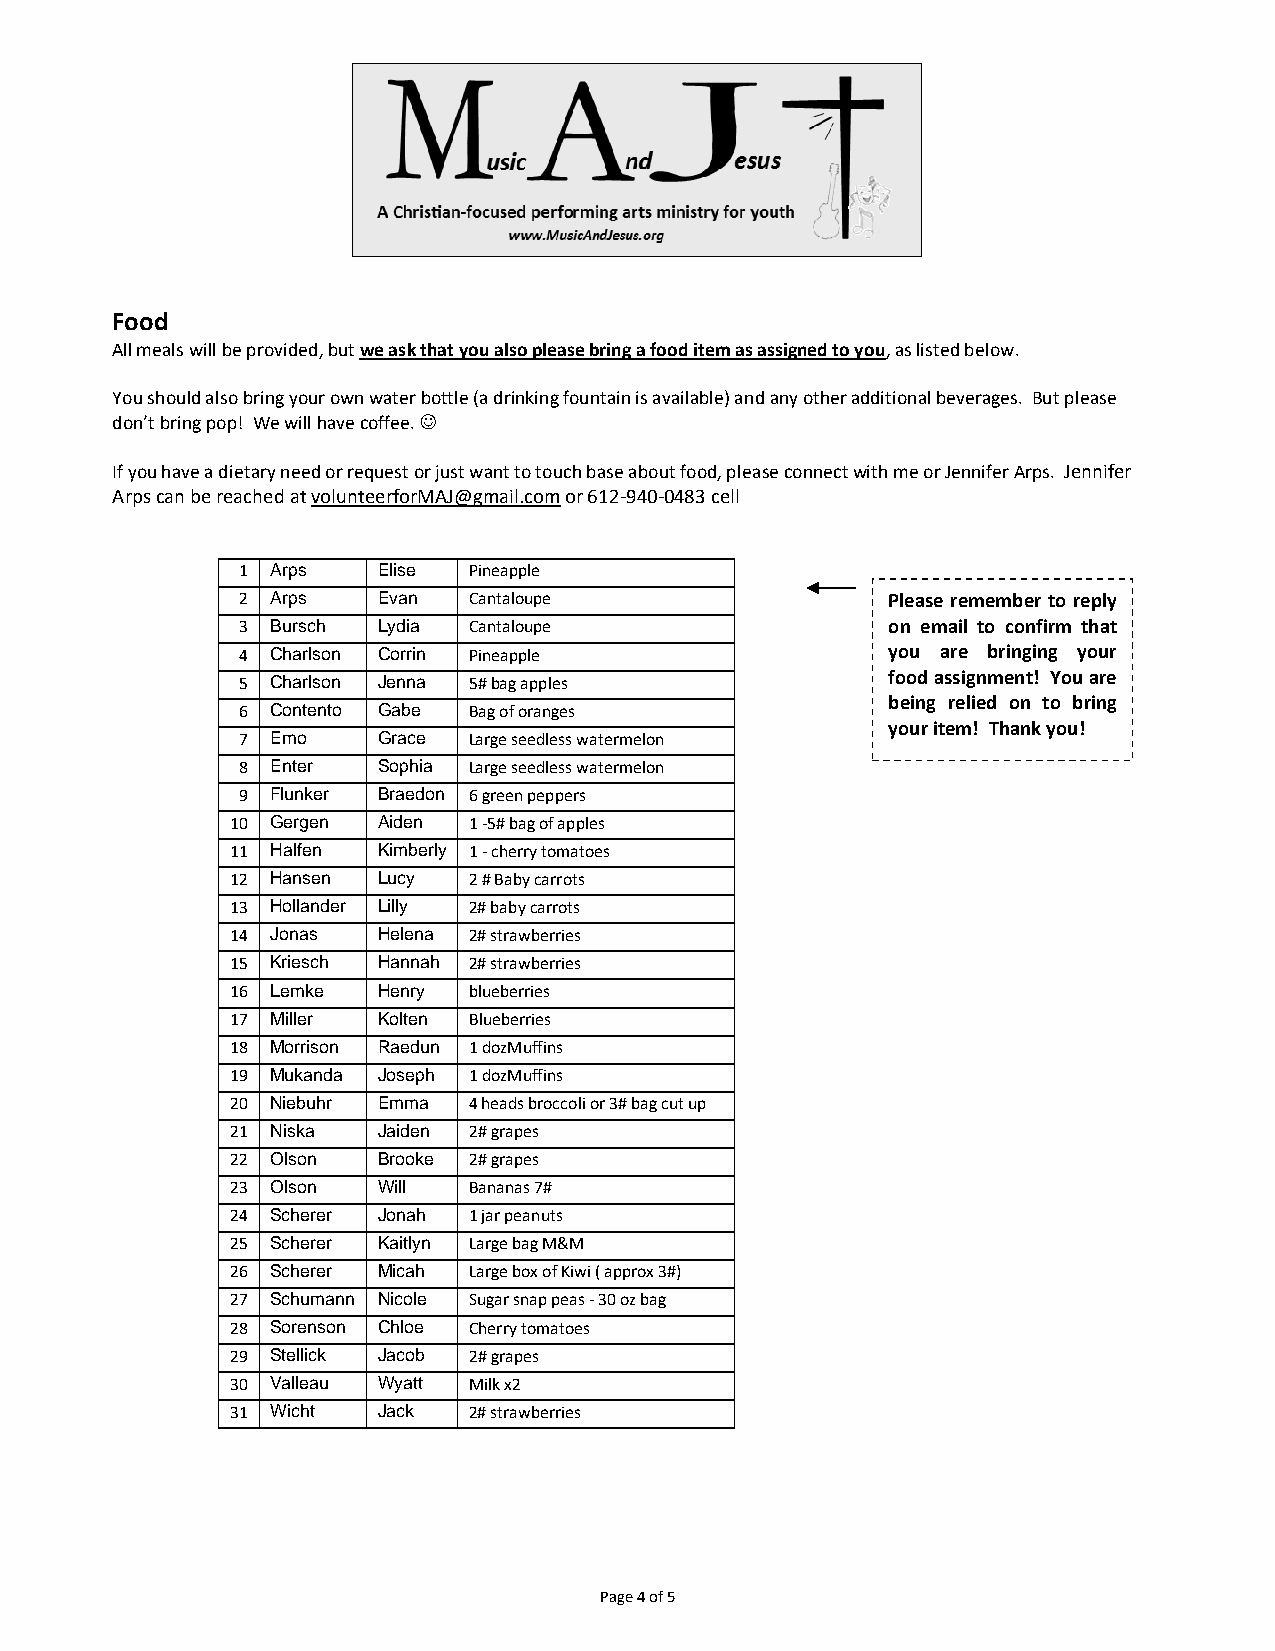
Food
 All meals will be provided, but we ask that you also please bring a food item as assigned to you, as listed below.
 You should also bring your own water bottle (a drinking fountain is available) and any other additional beverages. But please
 don’t bring pop! We will have coffee. ☺
 If you have a dietary need or request or just want to touch base about food, please connect with me or Jennifer Arps. Jennifer
 Arps can be reached at volunteerforMAJ@gmail.com or 612-940-0483 cell
 1 Arps   Elise Pineapple
 2 Arps   Evan  Cantaloupe                  Please remember to reply
 3 Bursch Lydia Cantaloupe                  on email to confirm that
 4 Charlson Corrin Pineapple                you are bringing your
 5 Charlson Jenna 5# bag apples             food assignment! You are
 being relied on to bring
 6 Contento Gabe Bag of oranges
 your item! Thank you!
 7 Emo    Grace Large seedless watermelon
 8 Enter  Sophia Large seedless watermelon
 9 Flunker Braedon 6 green peppers
 10 Gergen Aiden 1 -5# bag of apples
 11 Halfen Kimberly 1 - cherry tomatoes
 12 Hansen Lucy  2 # Baby carrots
 13 Hollander Lilly 2# baby carrots
 14 Jonas  Helena 2# strawberries
 15 Kriesch Hannah 2# strawberries
 16 Lemke  Henry blueberries
 17 Miller Kolten Blueberries
 18 Morrison Raedun 1 dozMuffins
 19 Mukanda Joseph 1 dozMuffins
 20 Niebuhr Emma 4 heads broccoli or 3# bag cut up
 21 Niska  Jaiden 2# grapes
 22 Olson  Brooke 2# grapes
 23 Olson  Will  Bananas 7#
 24 Scherer Jonah 1 jar peanuts
 25 Scherer Kaitlyn Large bag M&M
 26 Scherer Micah Large box of Kiwi ( approx 3#)
 27 Schumann Nicole Sugar snap peas - 30 oz bag
 28 Sorenson Chloe Cherry tomatoes
 29 Stellick Jacob 2# grapes
 30 Valleau Wyatt Milk x2
 31 Wicht  Jack  2# strawberries
 Page 4 of 5